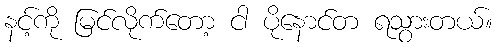
နင့်ကို မြင်လိုက်တော့ ငါ ပိုနောင်တ ရသွားတယ်။